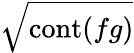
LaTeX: \sqrt{\operatorname{cont}(fg)}